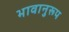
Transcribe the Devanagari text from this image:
भावानुरूप